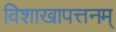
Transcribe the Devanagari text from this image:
विशाखापत्तनम्‌